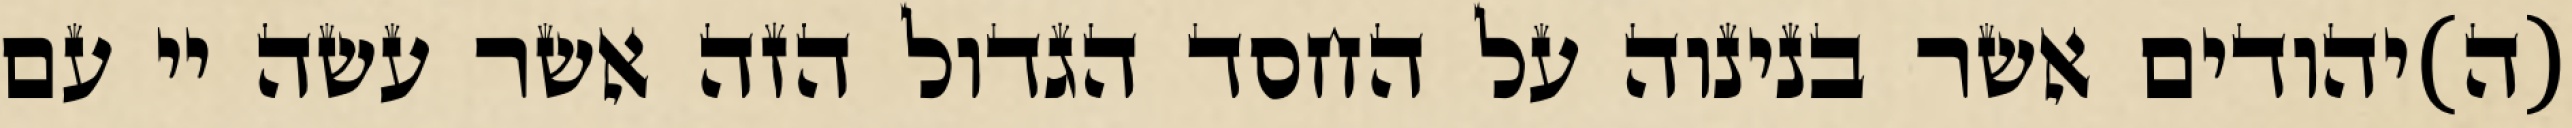
(ה)יהודים אשר בנינוה על החסד הגדול הזה אשר עשה יי עם